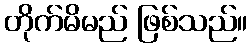
တိုက်မိမည် ဖြစ်သည်။